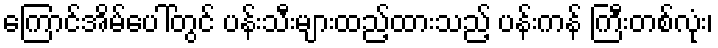
ကြောင်အိမ်ပေါ်တွင် ပန်းသီးများထည့်ထားသည့် ပန်းကန် ကြီးတစ်လုံး၊